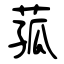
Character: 菰